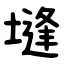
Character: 塳